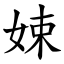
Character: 娕